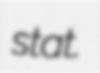
stat.